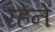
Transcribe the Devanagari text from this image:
रहेनें